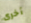
أخرى